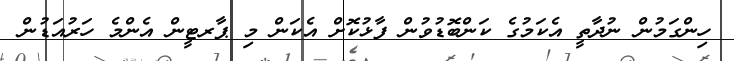
ހިންގަމުން ނުދާތީ އެކަމުގެ ކަންބޮޑުވުން ފާޅުކޮށް އެކަން މި ޕާރޓީން އެންމެ ހަރުއަޑުން